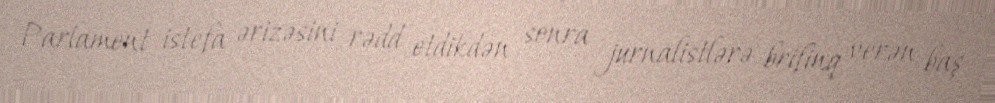
Parlament istefa ərizəsini rədd etdikdən sonra jurnalistlərə brifinq verən baş